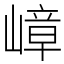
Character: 嶂